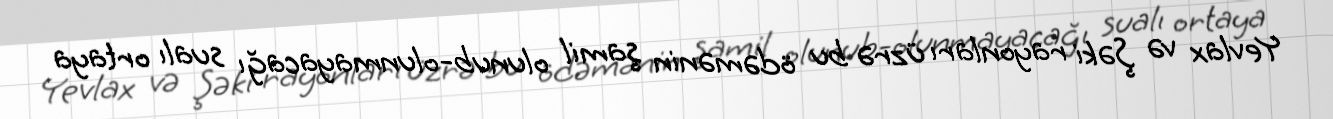
Yevlax və Şəki rayonları üzrə bu ödəmənin şamil olunub-olunmayacağı sualı ortaya